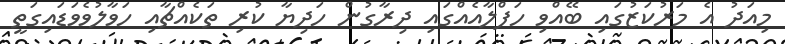
މިއަދު އެ މަރުކަޒުގައި ބޭއްވި ހަފްލާއެއްގައި ދިރާގުން ހަދިޔާ ކުރި ތަކެއްޗާއި ހަވާލުވެވަޑައިގަތީ